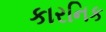
કારનિક